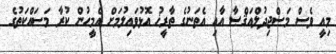
މިއީ ވެސް މަސްޖިދުލްއަޤްޞާ އާއި އެތަނުގެ ތާރީޚު އޮޅުވައިލުމަށް އެމީހުން ކުރާ މަސައްކަތުގެ